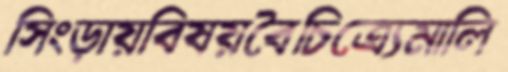
সিংড়ায়বিষয়বৈচিত্র্যেমালি